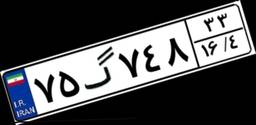
۷۵گ۷۴۸۳۳